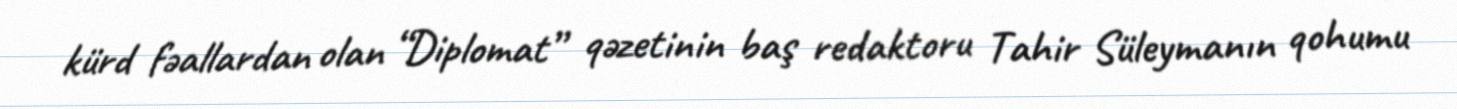
kürd fəallardan olan “Diplomat” qəzetinin baş redaktoru Tahir Süleymanın qohumu